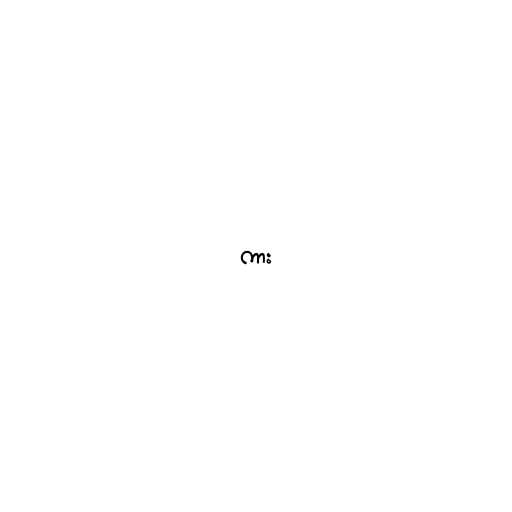
ကား